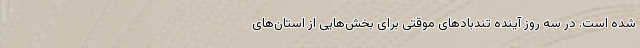
شده است. در سه روز آینده تندبادهای موقتی برای بخش‌هایی از استان‌های